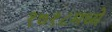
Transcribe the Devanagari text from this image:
१७१८मध्ये